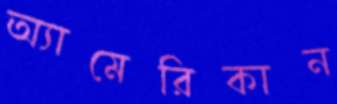
অ্যামেরিকান